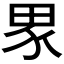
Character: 𭻊